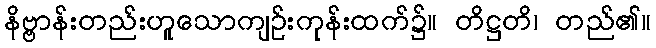
နိဗ္ဗာန်းတည်းဟူသောကျဉ်းကုန်းထက်၌။ တိဋ္ဌတိ၊ တည်၏။